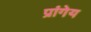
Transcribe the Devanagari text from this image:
प्रांगेय